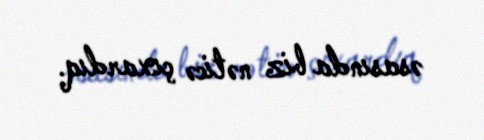
əsasında biz nəticə çıxardıq.